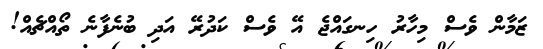
ޒަމާން ވެސް މިހާރު ހިނގައްޖެ އޭ ވެސް ކަދުރޭ އަދި ބުނެފާނެ ތޯއްޗެއް!